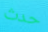
حدث